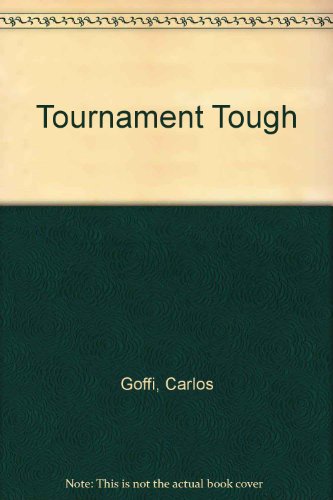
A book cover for Tournament Tough; Carlos Goffi; Sports & Outdoors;